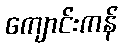
ကျောင်းကန်